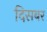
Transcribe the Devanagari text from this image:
दिसबर